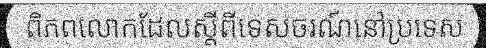
ពិភពលោកដែលស្តីពីទេសចរណ៍នៅប្រទេស